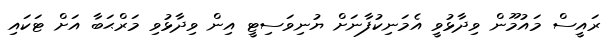
ރައީސް މައުމޫން ވިދާޅުވީ އެމަނިކުފާނަށް ޔުނިވަސިޓީ އިން ވިދާޅުވި މަރްޙަބާ އަށް ޓަކައި